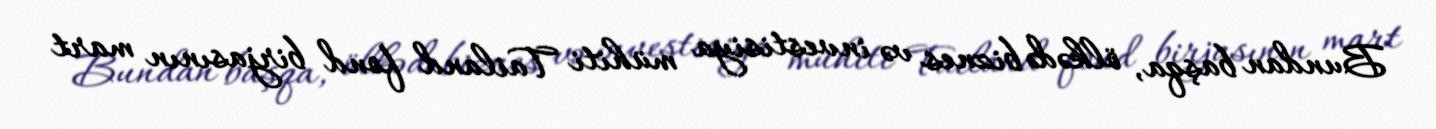
Bundan başqa, ölkədə biznes və investisiya mühiti Tailand fond birjasının mart